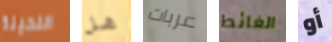
النحيلة هل عربات الغائط أو